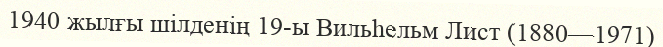
1940 жылғы шілденің 19-ы Вильһельм Лист (1880—1971)